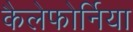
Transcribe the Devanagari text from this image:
कैलेफोर्निया